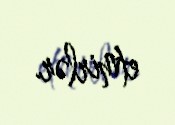
etmirlər.